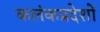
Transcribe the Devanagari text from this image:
कलंकप्रदेशों